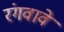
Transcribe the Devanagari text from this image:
रंगवावे